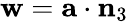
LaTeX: \mathbf{w}=\mathbf{{a}}\cdot\mathbf{{n}}_{3}